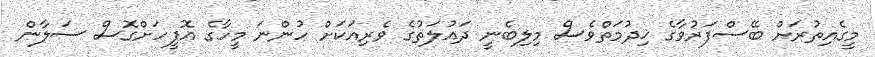
މީގެއިތުރަށް ބޭސްފަރުވާގެ ޚިދުމަތްވެސް މިލިބެނީ ދައުލަތުގެ ވެރިއަކަށް ހުންނަ މީހާގެ އޮފީހަށްގޮސް ސަލާން